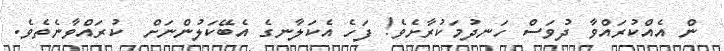
ން އެއްކުރައްވާ ދުވަސް ހަނދުމަކުރާށެވެ! ފަހެ އެކަލާނގެ އެބޭކަލުންނަށް  ކުރައްވާނެތެވެ.